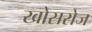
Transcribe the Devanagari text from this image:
खोसरोज